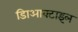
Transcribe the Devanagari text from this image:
डािआक्टाइल